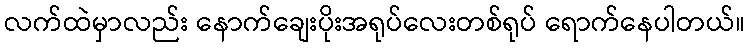
လက်ထဲမှာလည်း နောက်ချေးပိုးအရုပ်လေးတစ်ရုပ် ရောက်နေပါတယ်။